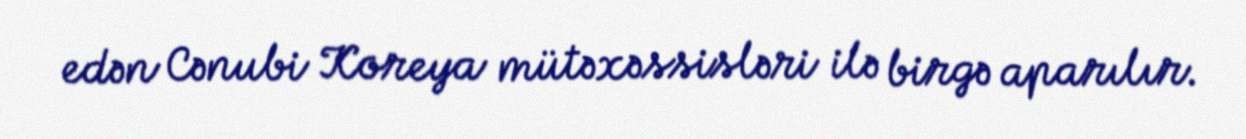
edən Cənubi Koreya mütəxəssisləri ilə birgə aparılır.